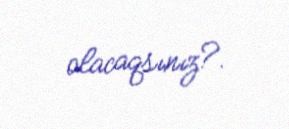
olacaqsınız?.